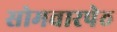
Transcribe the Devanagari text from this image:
सोमवारपेठ